Lunatic asylums Madras 1892-1911 - 1892-1911
Year: 1892
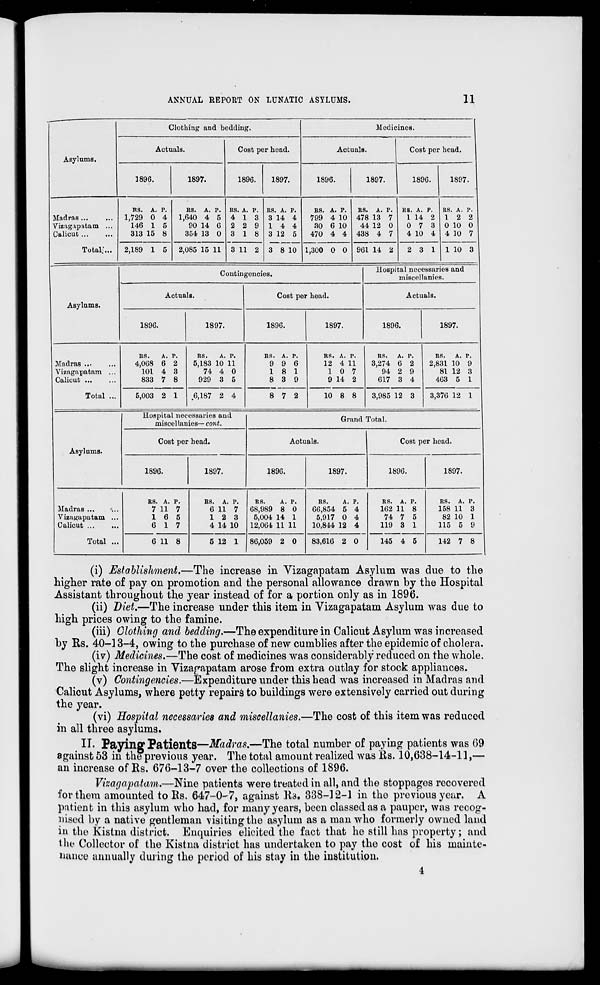
ANNUAL REPORT ON LUNATIC ASYLUMS.
11
Asylums.
Clothing and bedding.
Medicines.
Actuals.
Cost per head.
Actuals.
Cost per head.
1896.
1897.
1896.
1897.
1896.
1897.
1896.
1897.
Madras ...
Vusagapatam ...
Calicut ...
Totalj...
RS. A. P.
1,729 0 4
146 1 5
313 15 8
RS. A. P.
1,640 4 5
90 14 6
354 13 0
KS. A. P.
4 13
2 2 9
3 18
RS. A. P.
3 14 4
14 4
3 12 5
3 8 10
RS. A. P.
799 4 10
30 6 10
470 4 4
RS. A. P.
478 13 7
44 12 0
438 4 7
RS. A. P.
1 14 2
0 7 3
4 10 4
RS. A. P.
12 2
0 10 0
4 10 7
2,189 1 5 2,085 15 11 3 11 2
1,300 0 0 961 14 2
2 3 1 1 10 3 1
Asylums.
Contingencies.
Hospital necessaries and
miscellanies.
Actuals.
Cost per head.
Actuals.
1896.
1897.
1896.
1897.
1896.
1897.
Madras ...
Vizagapatam ...
Calicut ...
Total ...
RS.
A. P.
4,068 6 2
101 4 3
833 7 8
RS.
A. P.
5,183 10 11
74 4 0
929 3 5
RS. A. P.
9 9 6
18 1
8 3 9
RS. A. P.
12 4 11
10 7
9 14 2
RS.
A. P.
3,274 6 2
94 2 9
617 3 4
RS.
A. P.
2,831 10 9
81 12 3
463 5 1
5,003 2 1
.6,187 2 4
8 7 2
10 8 8
3,985 12 3
3,376 12 1
Asylums.
Hospital necessaries and
miscellanies— cont.
Grand Total.
Cost per head.
Actuals.
Cost per head.
1896.
1897.
1896.
1897.
1896.
1897.
Madras ...
Vizagapatam ...
Calicut ...
Total ...
RS. A. P.
7 11 7
16 5
6 17
RS. A. P.
6 11 7
12 3
4 14 10
RS.
A. P.
68,989 8 0
5,004 14 1
12,064 11 11
RS.
A. P.
66,854 5 4
5,917 0 4
10,844 12 4
RS. A. P.
162 11 8
74 7 5
119 3 1
RS. A. P.
158 11 3
82 10 1
115 5 9
6 11 8
5 12 1 86,059 2 0
83,616 2 0
145 4 5
142 7 8
(i) Establishment.—The increase in Vizagapatam Asylum was due to the
higher rate of pay on promotion and the personal allowance drawn by the Hospital
Assistant throughout the year instead of for a portion only as in 1896.
(ii) Diet.—The increase under this item in Vizagapatam Asylum was due to
high prices owing to the famine.
(iii) Clothing and bedding.—The expenditure in Calicut Asylum was increased
by Us. 40-13-4, owing to the purchase of new cumblies after the epidemic of cholera.
(iv) Medicines.—The cost of medicines was considerably reduced on the whole.
The slight increase in Vizagapatam arose from extra outlay for stock appliances.
(v) Contingencies.—Expenditure under this bead was increased in Madras and
Calicut Asylums, where petty repairs to buildings were extensively carried out during
the year.
(vi) Hospital necessaries and miscellanies.—The cost of this item was reduced
in all three asylums.
IT. Paying Patients—Madras.—The total number of paying patients was 69
ainst 53 in the previous year. The total amount realized was Rs. 10,638-14-11,—
an increase of Rs. 676-13-7 over the collections of 1896.
Vhagapatam.—Nine patients were treated in all, and the stoppagos recovered
for them amounted to Rs. 647-0^7, against Rs. 338-32-1 in the previous year. A
patient in this asylum who had, for many years, been classed as a pauper, was recog-
nised by a native gentleman visiting the asylum as a man who formerly owned land
in the Kistna district. Enquiries elicited the fact that he still has property; and
the Collector of the Kistna district has undertaken to pay the cost of his mainte-
nance annually during the period of his stay in the institution.
ag